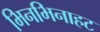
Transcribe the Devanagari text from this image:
भिनभिनाहट